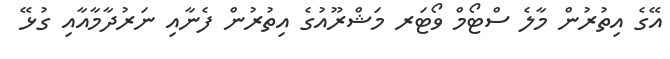
އޭގެ އިތުރުން މާލެ ސްޓޯމް ވޯޓަރ މަޝްރޫއުގެ އިތުރުން ފެނާއި ނަރުދާމާއާއި ގުޅޭ